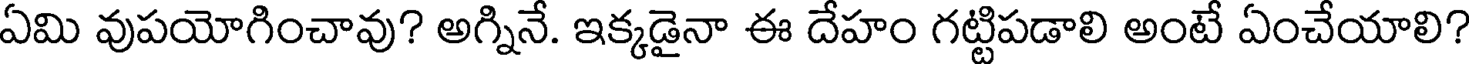
ఏమి వుపయోగించావు? అగ్నినే. ఇక్కడైనా ఈ దేహం గట్టిపడాలి అంటే ఏంచేయాలి?